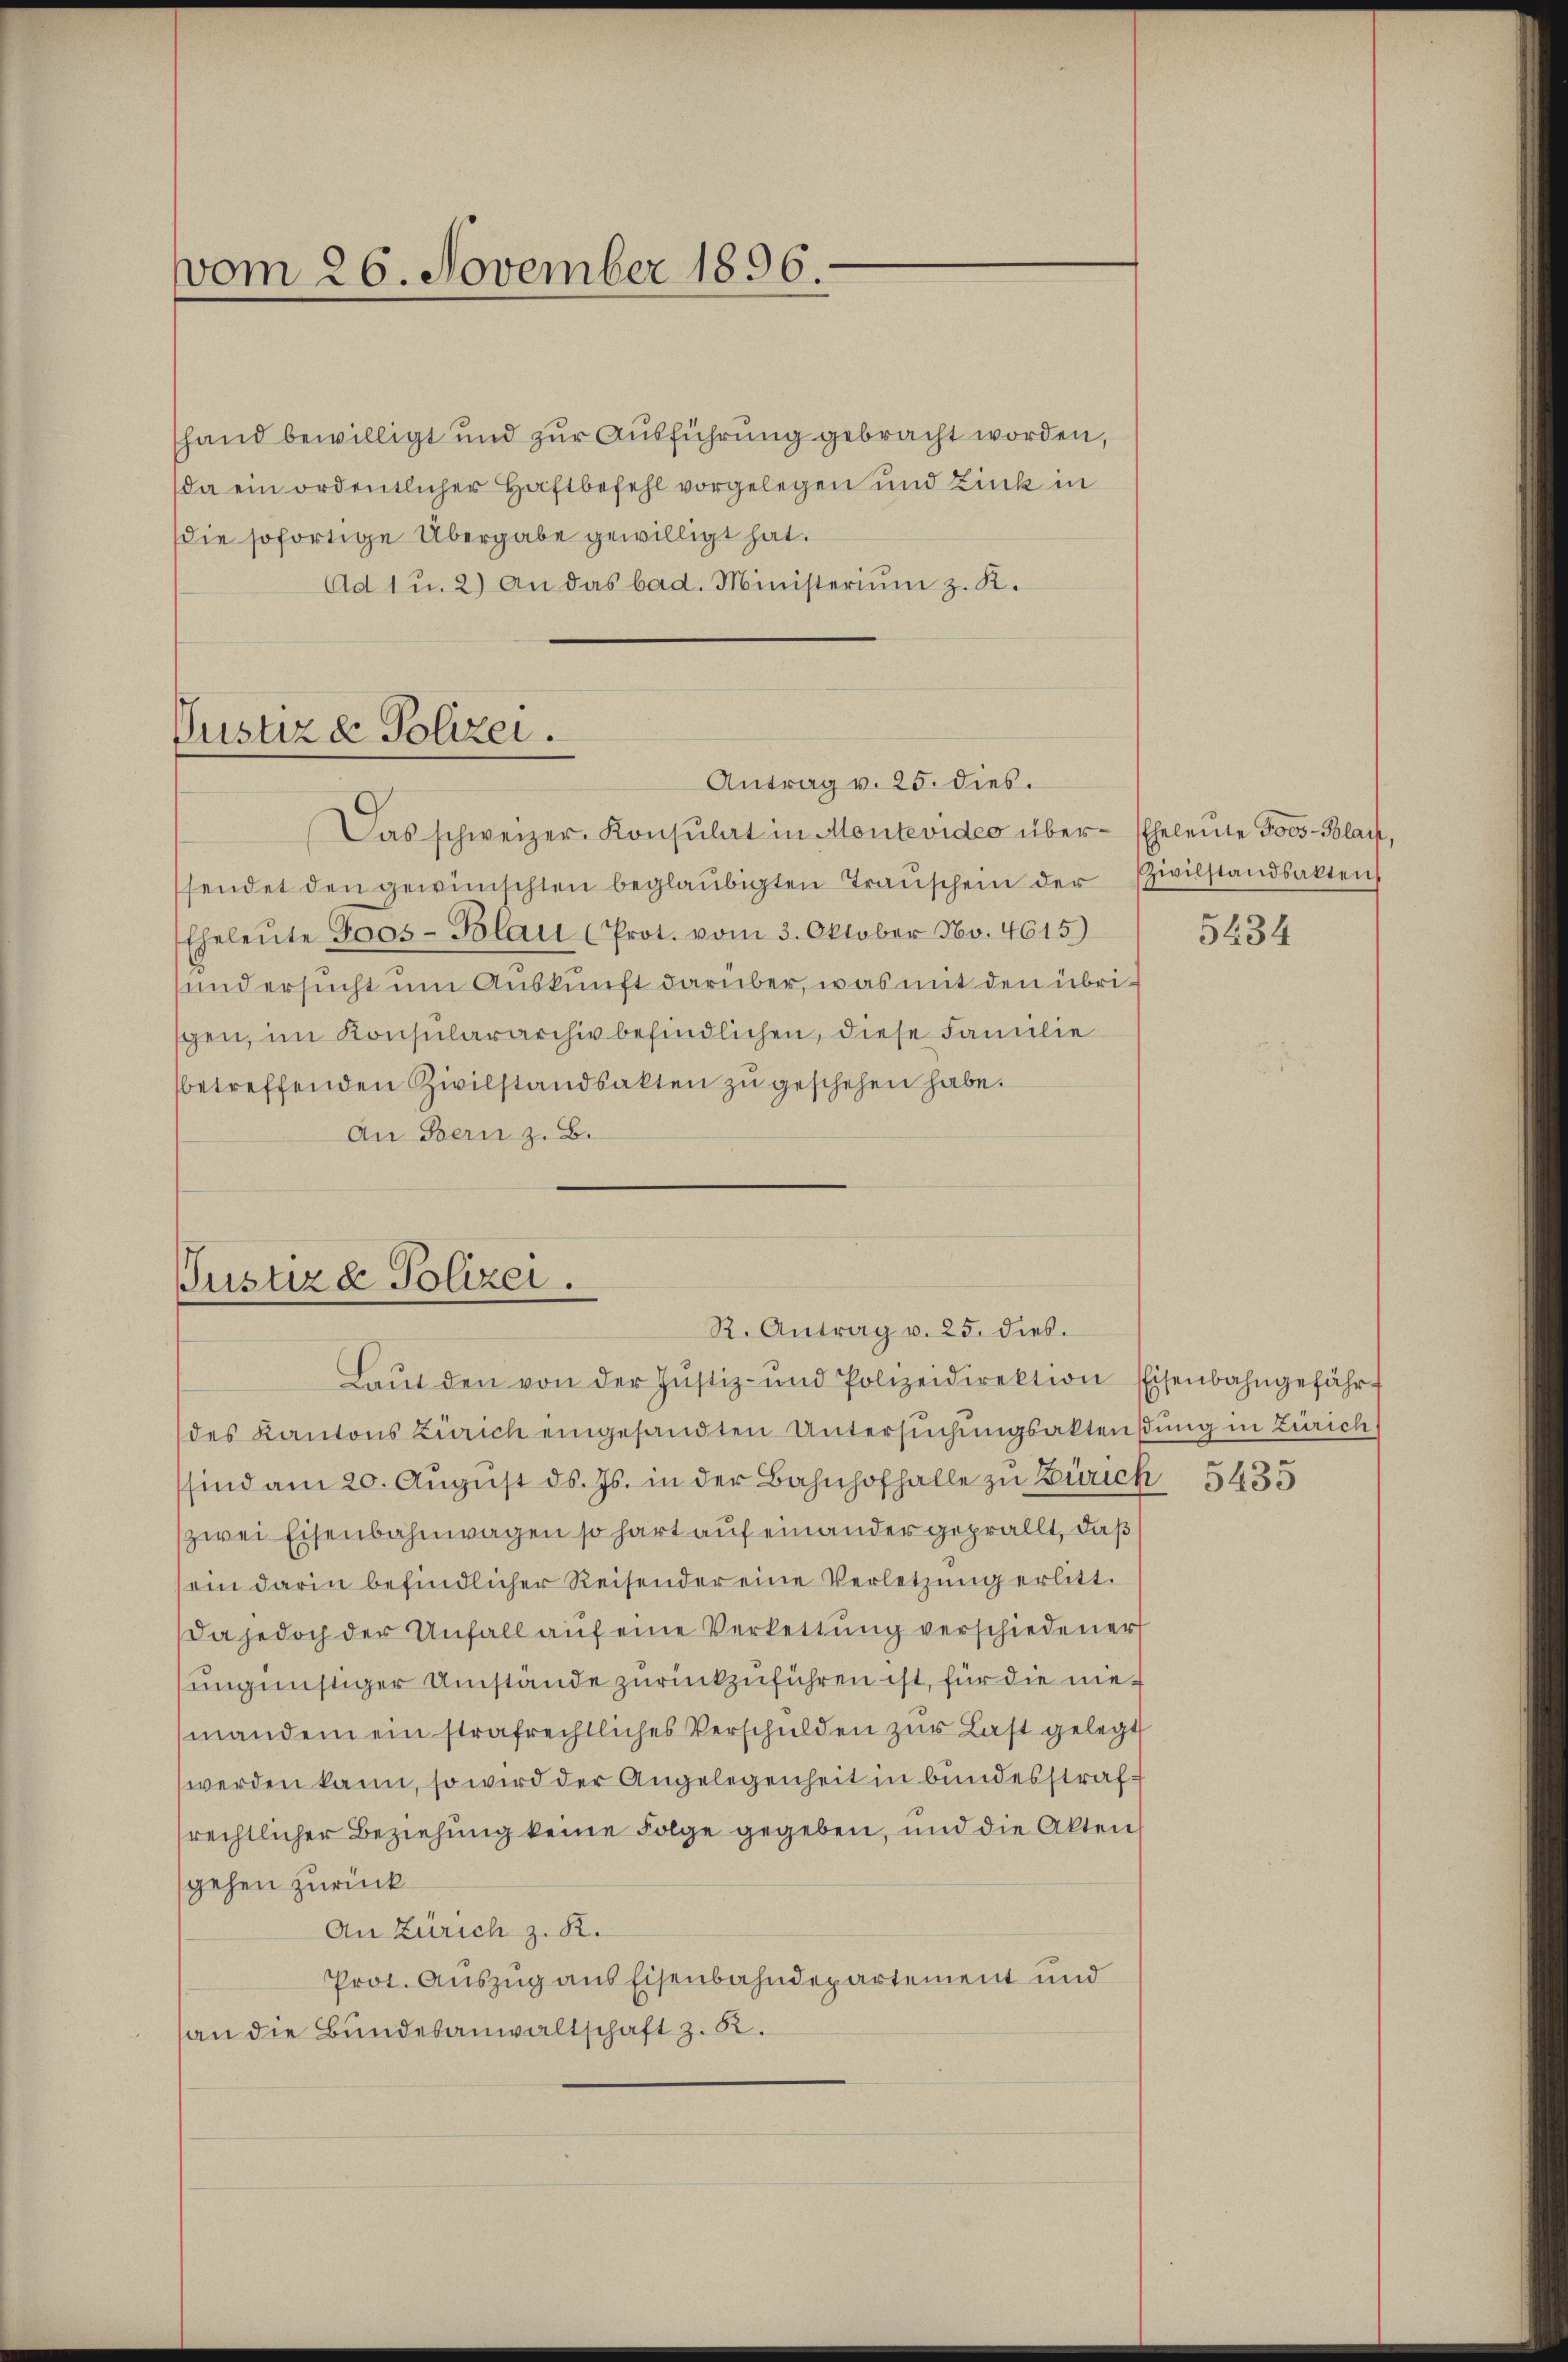
vom 26. November 1896.

Justiz & Polizei.

shand bewilligt und zur Ausführung gebracht worden,
da ein ordentlicher Haftbefehl vorgelegen und Zink in
die sofortige Übergabe gewilligt hat.
Ad 1 u. 2) An das bad. Ministerium z. K.
Das schweizer. Konsulat in Montevideo über- Eheleute Poes-Bolai,
sendet den gewünschten beglaubigten Trauschein der
Eheleŭte Joos-Blau (Prot. vom 3. Oktober No. 4615)
sund ersucht um Auskunft darüber, was mit den übrispen, im Konsulararchiv befindlichen, diese Familie
betreffenden Zivilstandsakten zŭ geschehen habe.
An Bern z. B.

Laŭt den von der Justiz- und Polizeidirektion Eisenbahngefährt
des Kantons Zürich eingesandten Untersuchungsaktendung in Zürich
sind am 20. Aŭgŭst ds. Js. in der Bahnhofhalle zu Zürich 5435
zwei Eisenbahnwagen so hart auf einander geprällt, daß
sein darin befindlicher Reisender eine Verletzung erlitt.
Da jedoch der Unfall auf eine Verkettung verschiedener
ungünstiger Umstände zurückzuführen ist, für die niemandem ein strafrechtliches Verschulden zur Last gelegt
werden kann, so wird der Angelegenheit in bundesstrafrechtlicher Beziehung keine Folge gegeben, und die Akten
gehen zurück
An Zürich z. R.
Prot. Auszug aus Eisenbahndepartement und
an die Bundesanwaltschaft z. B.

Antrag v. 25. dies.

Justiz & Polizei.
R. Antrag v. 25. dies.

Zivilstandsakten

5134